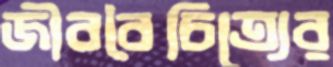
জীববৈচিত্র্যের